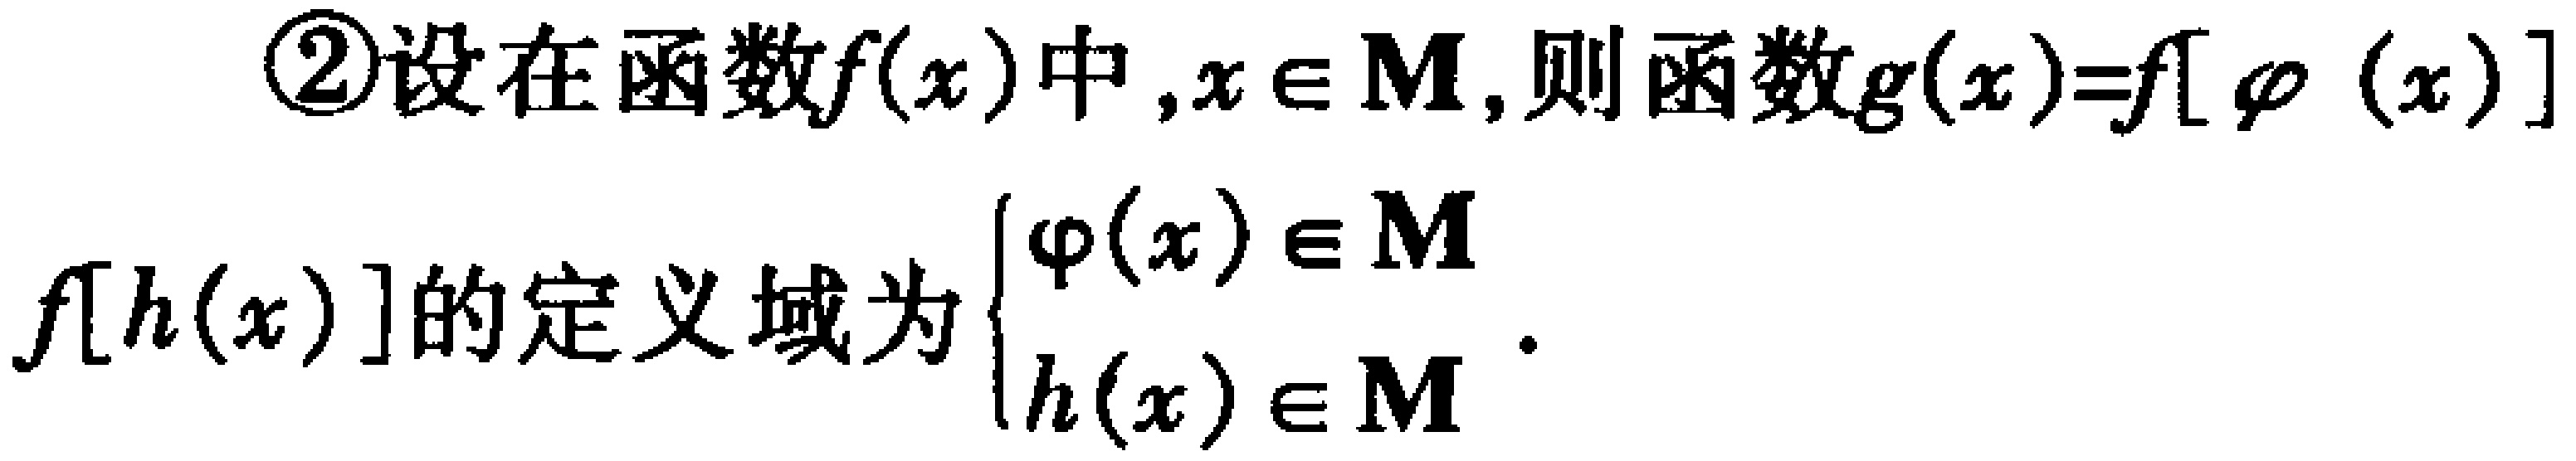
\textcircled{2}设在函数\(f(x)\)中，\(x \in M\)，则函数\(g(x)=f[\varphi(x)]f[h(x)]\)的定义域为\(\begin{cases}
\varphi(x) \in M \\
h(x) \in M
\end{cases}\) 。